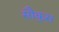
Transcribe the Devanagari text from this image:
सौकुस